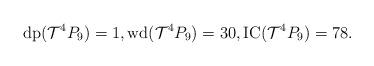
LaTeX: \begin{align*}\mathrm{dp}(\mathcal{T}^4{P_9})=1, \mathrm{wd}(\mathcal{T}^4{P_9})=30, \mathrm{IC}(\mathcal{T}^4{P_9})=78.\end{align*}